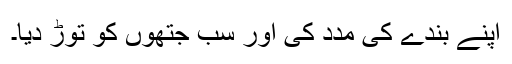
اپنے بندے کی مدد کی اور سب جتھوں کو توڑ دیا۔